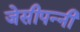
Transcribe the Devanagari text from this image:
जेसीपन्नी